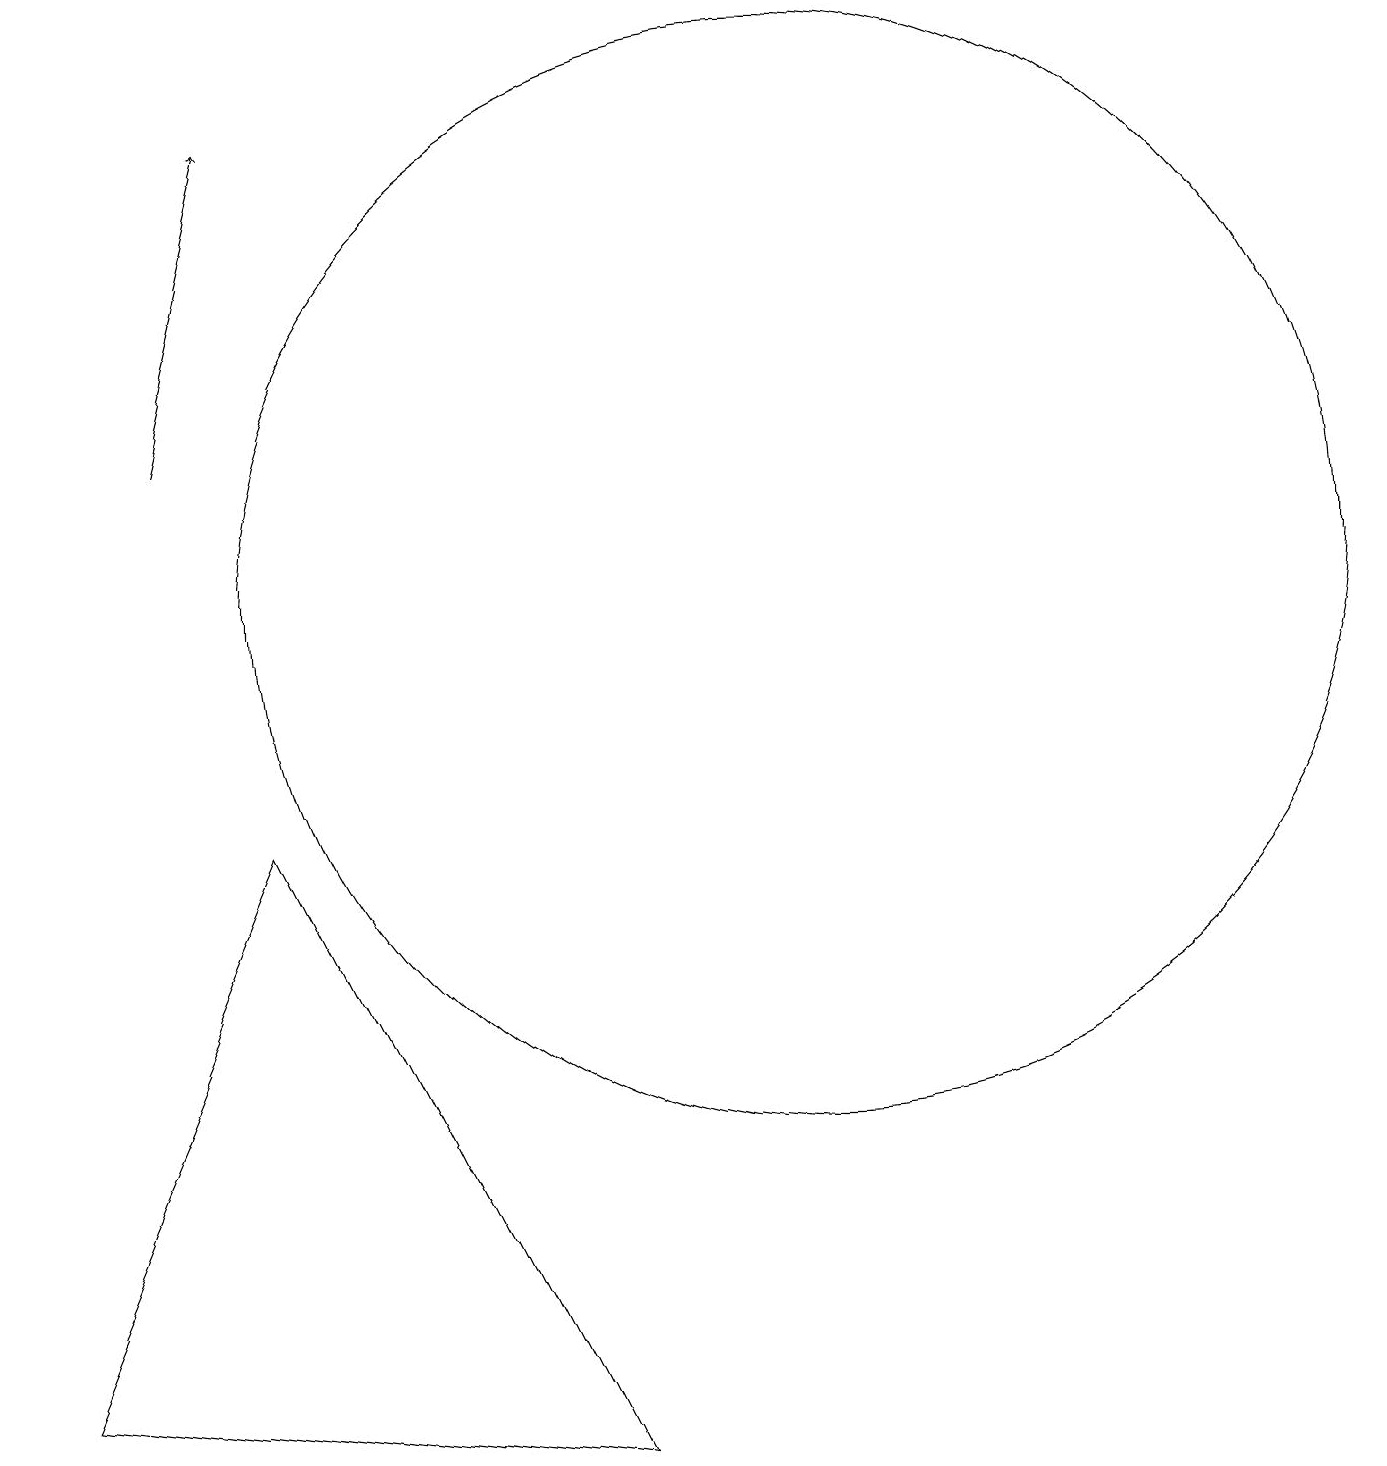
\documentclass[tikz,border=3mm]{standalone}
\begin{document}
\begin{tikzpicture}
\draw[->] (2,14) -- (3,18);
\draw (10,12) circle (7);
\draw (0,2) -- (3,9) -- (7,1) -- cycle;
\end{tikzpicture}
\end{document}